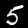
Label: 5